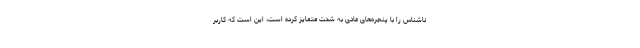
ناشناس را با پنجره‌های عادی به شدت متمایز کرده است، این است که کاربر